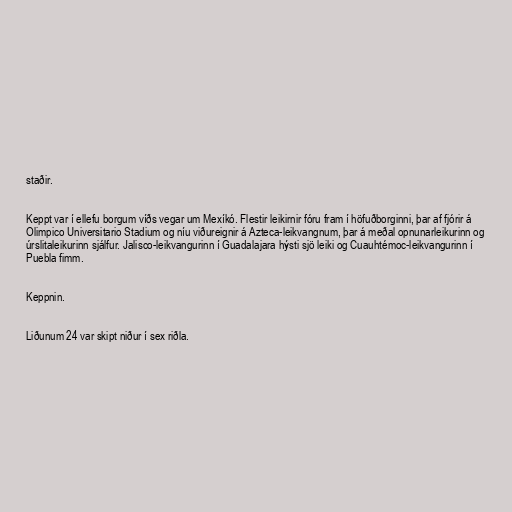
staðir.

Keppt var í ellefu borgum víðs vegar um Mexíkó. Flestir leikirnir fóru fram í höfuðborginni, þar af fjórir á
Olimpico Universitario Stadium og níu viðureignir á Azteca-leikvangnum, þar á meðal opnunarleikurinn og
úrslitaleikurinn sjálfur. Jalisco-leikvangurinn í Guadalajara hýsti sjö leiki og Cuauhtémoc-leikvangurinn í
Puebla fimm.

Keppnin.

Liðunum 24 var skipt niður í sex riðla.